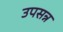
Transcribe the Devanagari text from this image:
उपसन्न